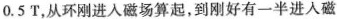
0.5T$$，从环刚进入磁